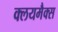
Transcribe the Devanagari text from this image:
क्लयमैक्स